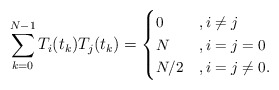
\begin{align*} \small \sum_{k=0}^{N-1}{T_i(t_k)T_j(t_k)} =\begin{cases}0 &, i\ne j \\N &, i=j=0 \\N/2 &, i=j\ne 0.\end{cases}\end{align*}